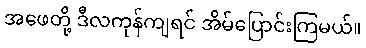
အဖေတို့ ဒီလကုန်ကျရင် အိမ်ပြောင်းကြမယ်။